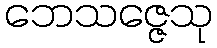
ဘေသဇ္ဇေသု